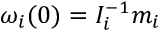
\omega _ { i } ( 0 ) = I _ { i } ^ { - 1 } m _ { i }